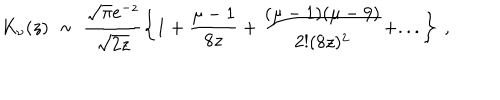
LaTeX: K _ { \nu } ( z ) \ \sim \ \frac { \sqrt { \pi } e ^ { - z } } { \sqrt { 2 z } } \left\{ 1 + \frac { \mu - 1 } { 8 z } + \frac { ( \mu - 1 ) ( \mu - 9 ) } { 2 ! ( 8 z ) ^ { 2 } } + . . . \right\} \ ,